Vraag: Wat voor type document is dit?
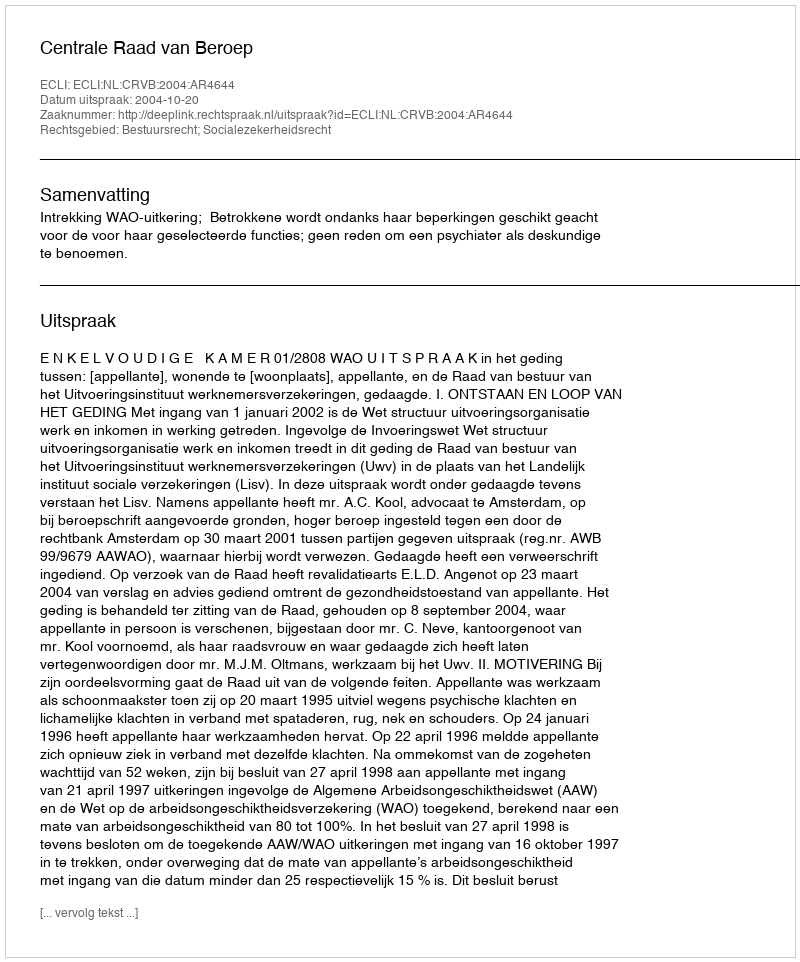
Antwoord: Uitspraak